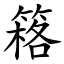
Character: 䈷